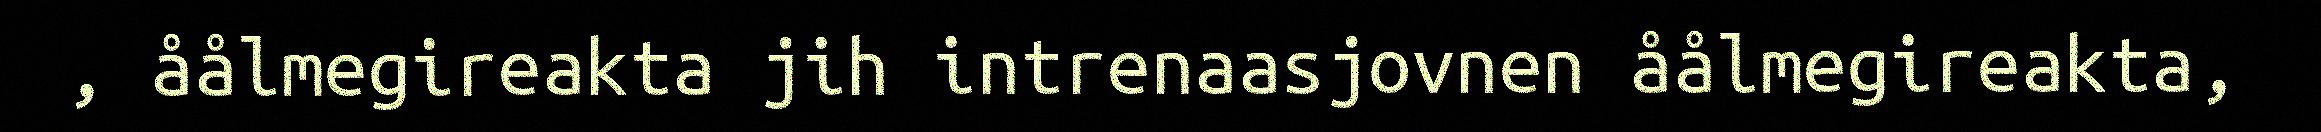
, åålmegireakta jih intrenaasjovnen åålmegireakta,